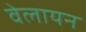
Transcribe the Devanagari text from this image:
वेलायन